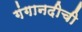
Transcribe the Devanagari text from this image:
गंगानदीची